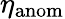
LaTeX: \eta_{\mathrm{anom}}